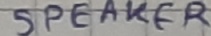
Text: SPEAKER